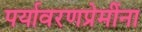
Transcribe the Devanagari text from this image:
पर्यावरणप्रेमींना